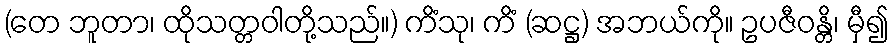
(တေ ဘူတာ၊ ထိုသတ္တဝါတို့သည်။) ကိံသု၊ ကိံ (ဆဋ္ဌ) အဘယ်ကို။ ဥပဇီဝန္တိ၊ မှီ၍